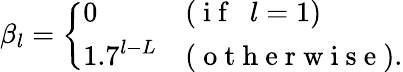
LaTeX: \beta_{l}=\left\{ \begin{array}{ll}{0}&{(\mathrm{~i~f~\ \ }l=1)}\\ {1.7^{l-L}}&{(\mathrm{~o~t~h~e~r~w~i~s~e~}).}\end{array}\right.